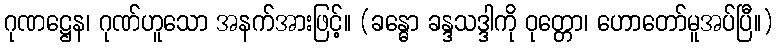
ဂုဏဋ္ဌေန၊ ဂုဏ်ဟူသော အနက်အားဖြင့်။ (ခန္ဓော ခန္ဒသဒ္ဒါကို ဝုတ္တော၊ ဟောတော်မူအပ်ပြီ။)